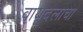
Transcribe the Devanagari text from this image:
वायूदलाचा